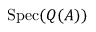
\operatorname { S p e c } ( Q ( A ) )